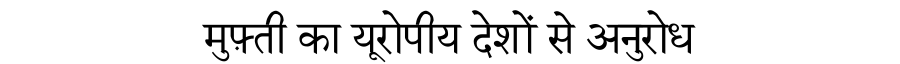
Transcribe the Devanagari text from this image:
मुफ़्ती का यूरोपीय देशों से अनुरोध